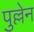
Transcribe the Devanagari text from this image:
पुल्लेन